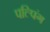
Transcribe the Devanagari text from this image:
पल्पिंग